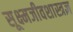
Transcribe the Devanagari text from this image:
सूक्ष्मजीवशास्त्रज्ञ